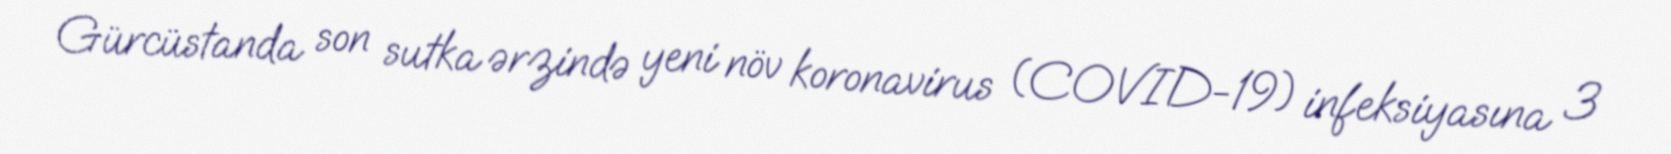
Gürcüstanda son sutka ərzində yeni növ koronavirus (COVID-19) infeksiyasına 3